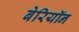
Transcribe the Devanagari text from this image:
बेरियॉन